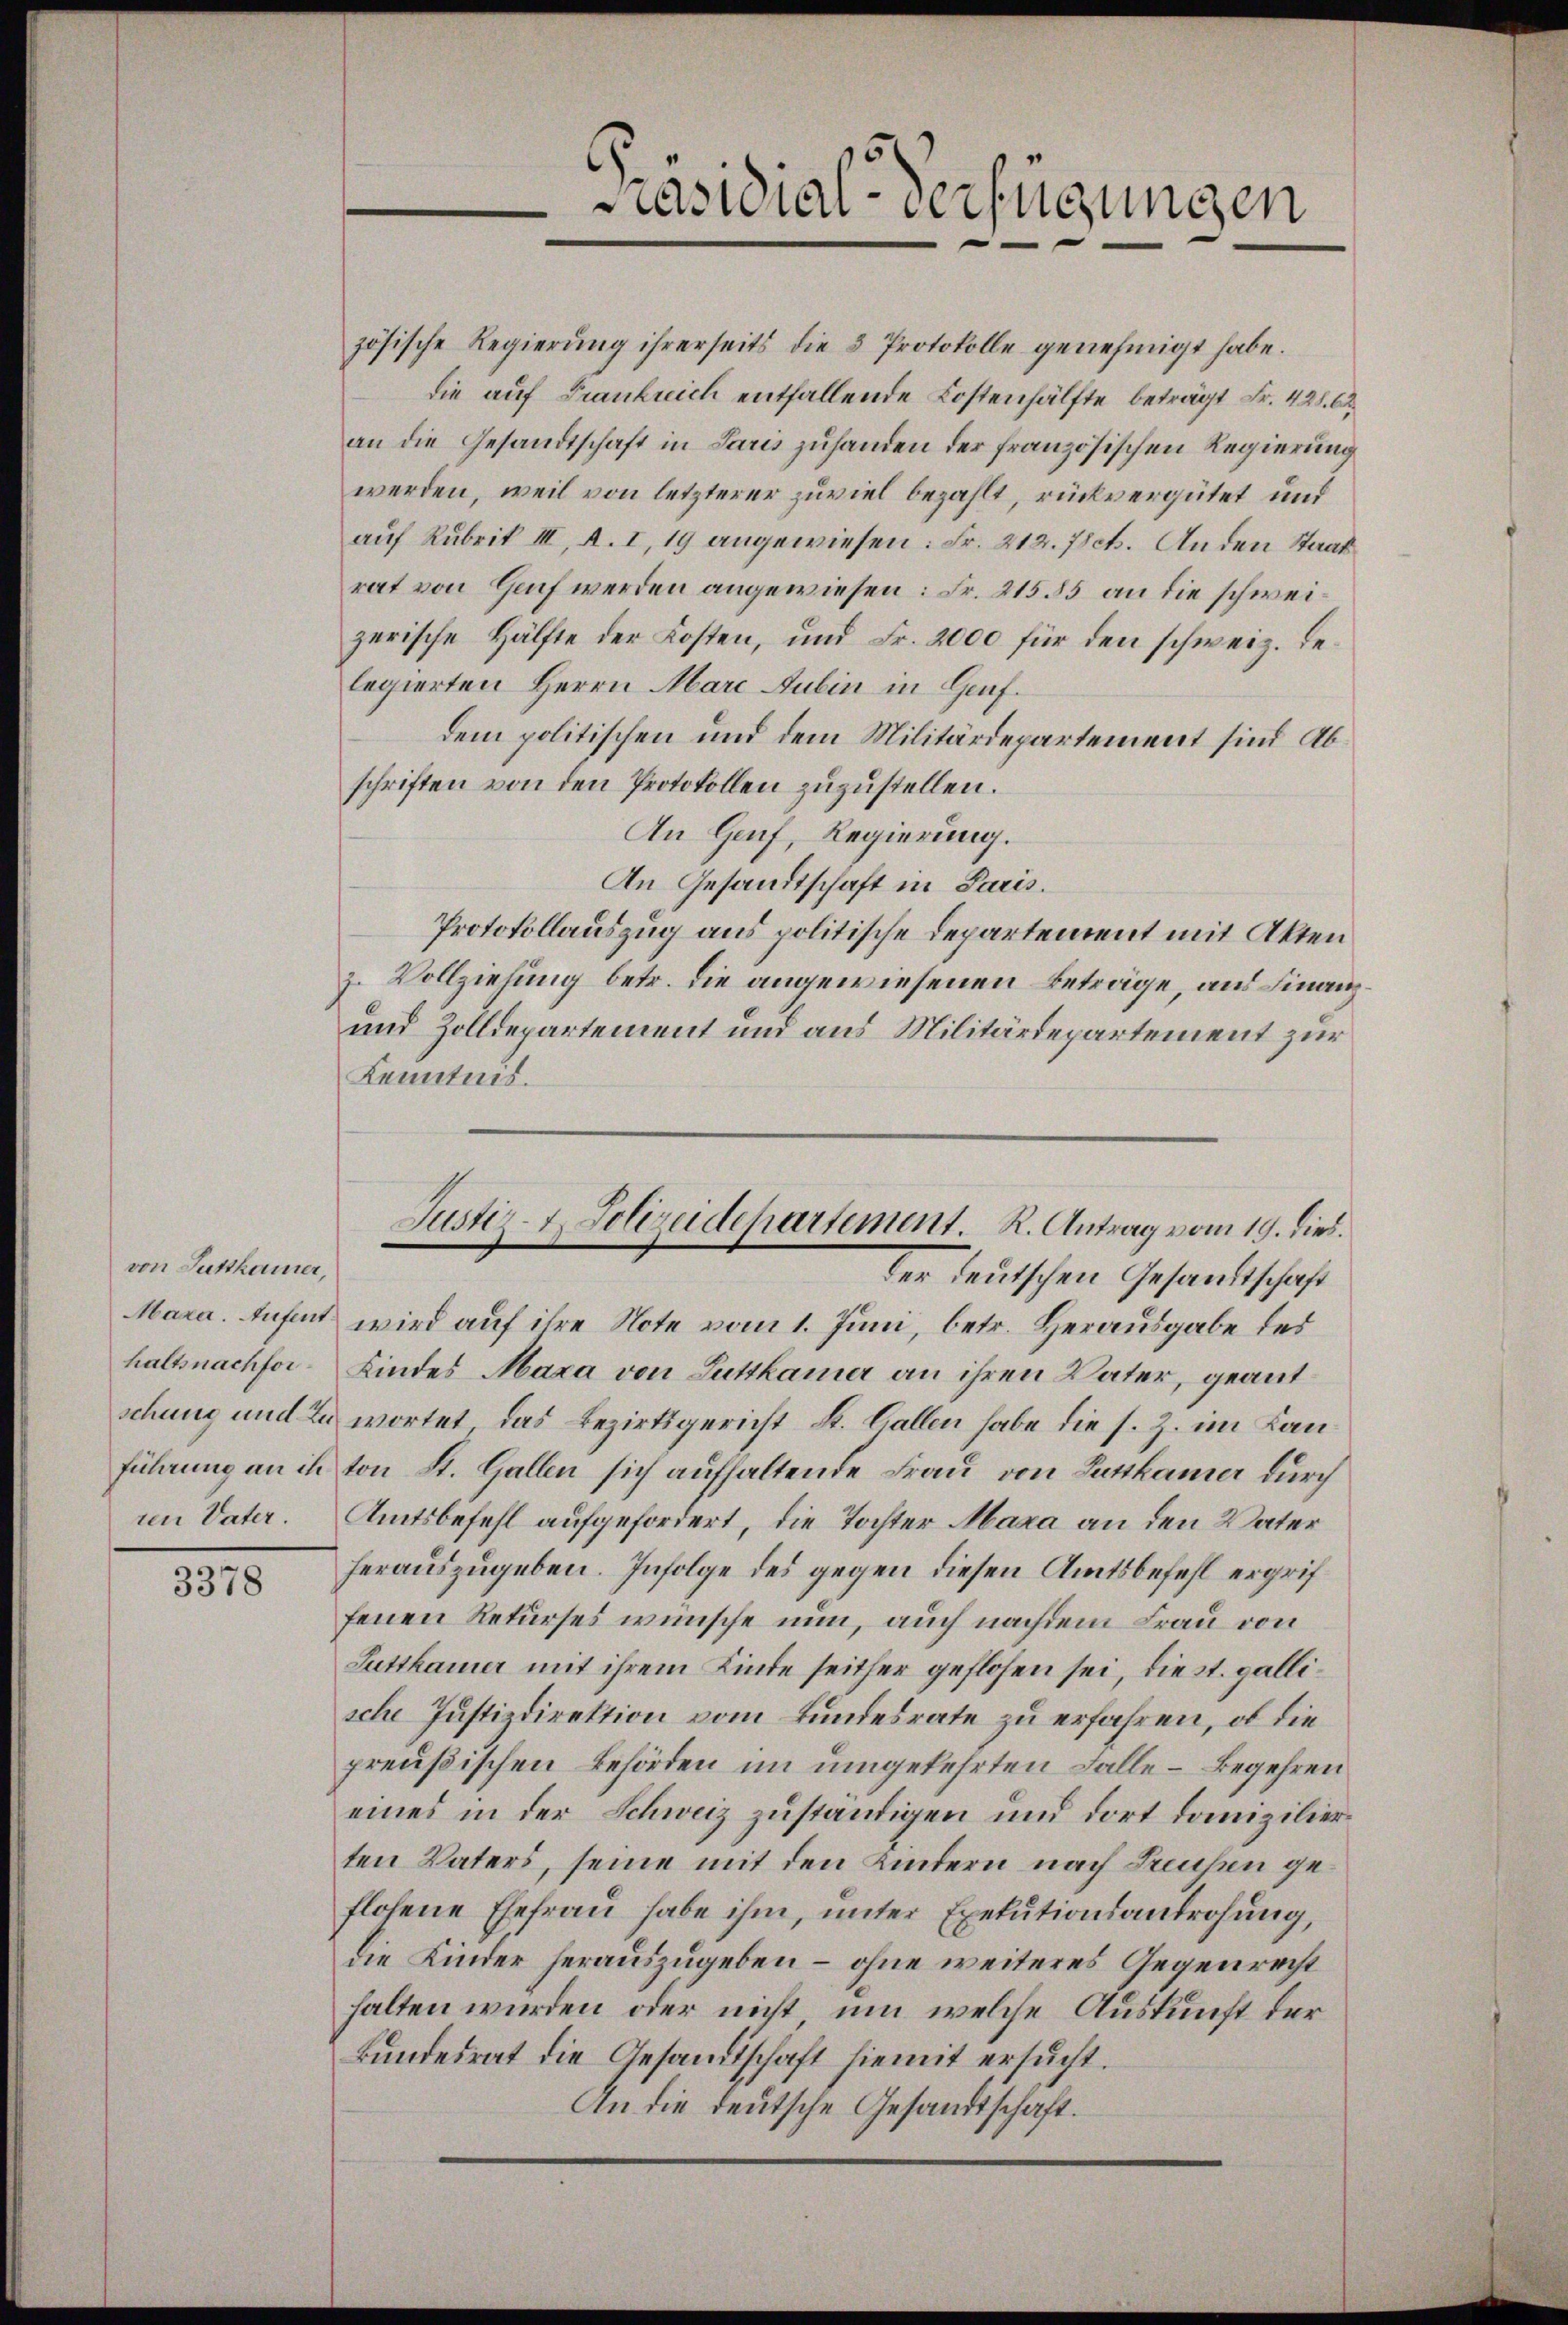
von Suttkamer,
Maxa. Aufent
ren Vater.

3378

zösische Regierŭng ihrerseits die 3 Protokolle genehmigt habe.
die auf Frankreich entfallende Kostenhälfte beträgt Fr. 428. 62
an die Gesandtschaft in Paris zuhanden der französischen Regierung
werden, weil von letzterer zuviel bezahlt, rückvergütet und
auf Rubrik III, A. I, 19 angewiesen: Fr. 212. 78ch. An den Staatsrat von Genf werden angewiesen: Fr. 21555 an die schweizerische Hälfte der Kosten, und Fr. 2000 für den schweiz. Relegierten Herrn Marc Dubin in Genf.
dem politischen und dem Militärdepartement sind Abschriften von den Protokollen zuzustellen.
An Genf, Regierung.
An Gesandtschaft in Paris.
Protokollauszug aus politische Departement mit Akten
z. Vollziehung betr. die angewiesenen Beträge, aus Finanz¬
und Zolldepartement und aus Militärdepartement zur
Kenntnis.
wird auf ihre Note vom 1. Juni, betr. Herausgabe des
halbnachfor- Kindes Maxa von Luttkamer an ihren Vater, geantschung und zu wortet, das Bezirksgericht St. Gallen habe die s. Z. im Kanführung an in von St. Gallen sich aufhaltende Frau von Guthamer durch
Amtsbefehl aufgefordert, die Tochter Maxa an den Vater
herauszugeben. Infolge des gegen diesen Amtsbefehl ergriffenen Rekurses wünsche nun, auch nachdem Frau von
Sutthamer mit ihrem Kinde seither geflosen sei, diest. gallische Justizdirektion vom Bundesrate zu erfahren, ob die
preußischen Behörden im umgekehrten Falle – Begehren
eines in der Schweiz zuständigen und dort domizilier
ten Vaters, seine mit den Kindern nach Treusen geflosene Ehefrau habe ihm, unter Exekutionsandrohung,
die Kinder herauszugeben – ohne weiteres Gegenrecht
halten wurden oder nicht, um welche Auskunft der
Bundesrat die Gesandtschaft hiemit ersucht.
An die deutsche Gesandtschaft.

Präsidial-Verfügungen

Justiz- & Polizeidepartement. R. Antrag vom 19. dies.
der deutschen Gesandtschaft